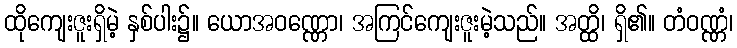
ထိုကျေးဇူးရှိမဲ့ နှစ်ပါး၌။ ယောအဝဏ္ဏော၊ အကြင်ကျေးဇူးမဲ့သည်။ အတ္ထိ၊ ရှိ၏။ တံဝဏ္ဏံ၊